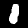
Digit: 1